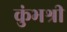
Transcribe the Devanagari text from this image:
कुंभश्री